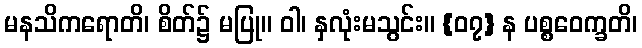
မနသိကရောတိ၊ စိတ်၌ မပြု။ ဝါ၊ နှလုံးမသွင်း။ {၀၇} န ပစ္စဝေက္ခတိ၊